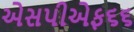
એસપીએફ૬૬